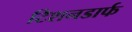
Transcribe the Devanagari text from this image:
टिशनडार्फ